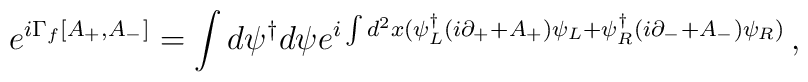
e^{i\Gamma_{f}[A_{+},A_{-}]}=\int d\psi^{\dagger}d\psi e^{i\int d^{2}x (\psi^{\dagger}_{L}(i\partial_{+}+A_{+})\psi_{L}+\psi^{\dagger}_{R}(i\partial_{-}+A_{-})\psi_{R})}\,,